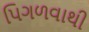
પિગળવાથી